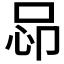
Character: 𢘖